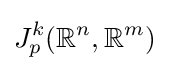
J_{p}^{k}({\mathbb {R} }^{n},{\mathbb {R} }^{m})